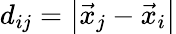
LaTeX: d_{ij}=\left|\vec{x}_{j}-\vec{x}_{i}\right|